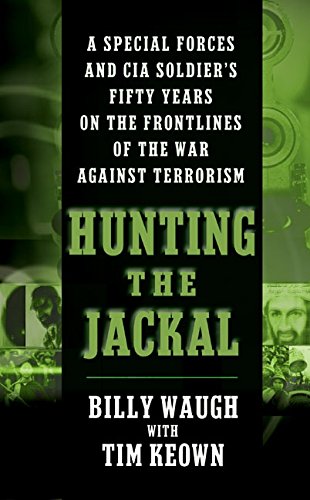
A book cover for Hunting the Jackal: A Special Forces and CIA Soldier's Fifty Years on the Frontlines of the War Against Terrorism; Billy Waugh; Biographies & Memoirs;